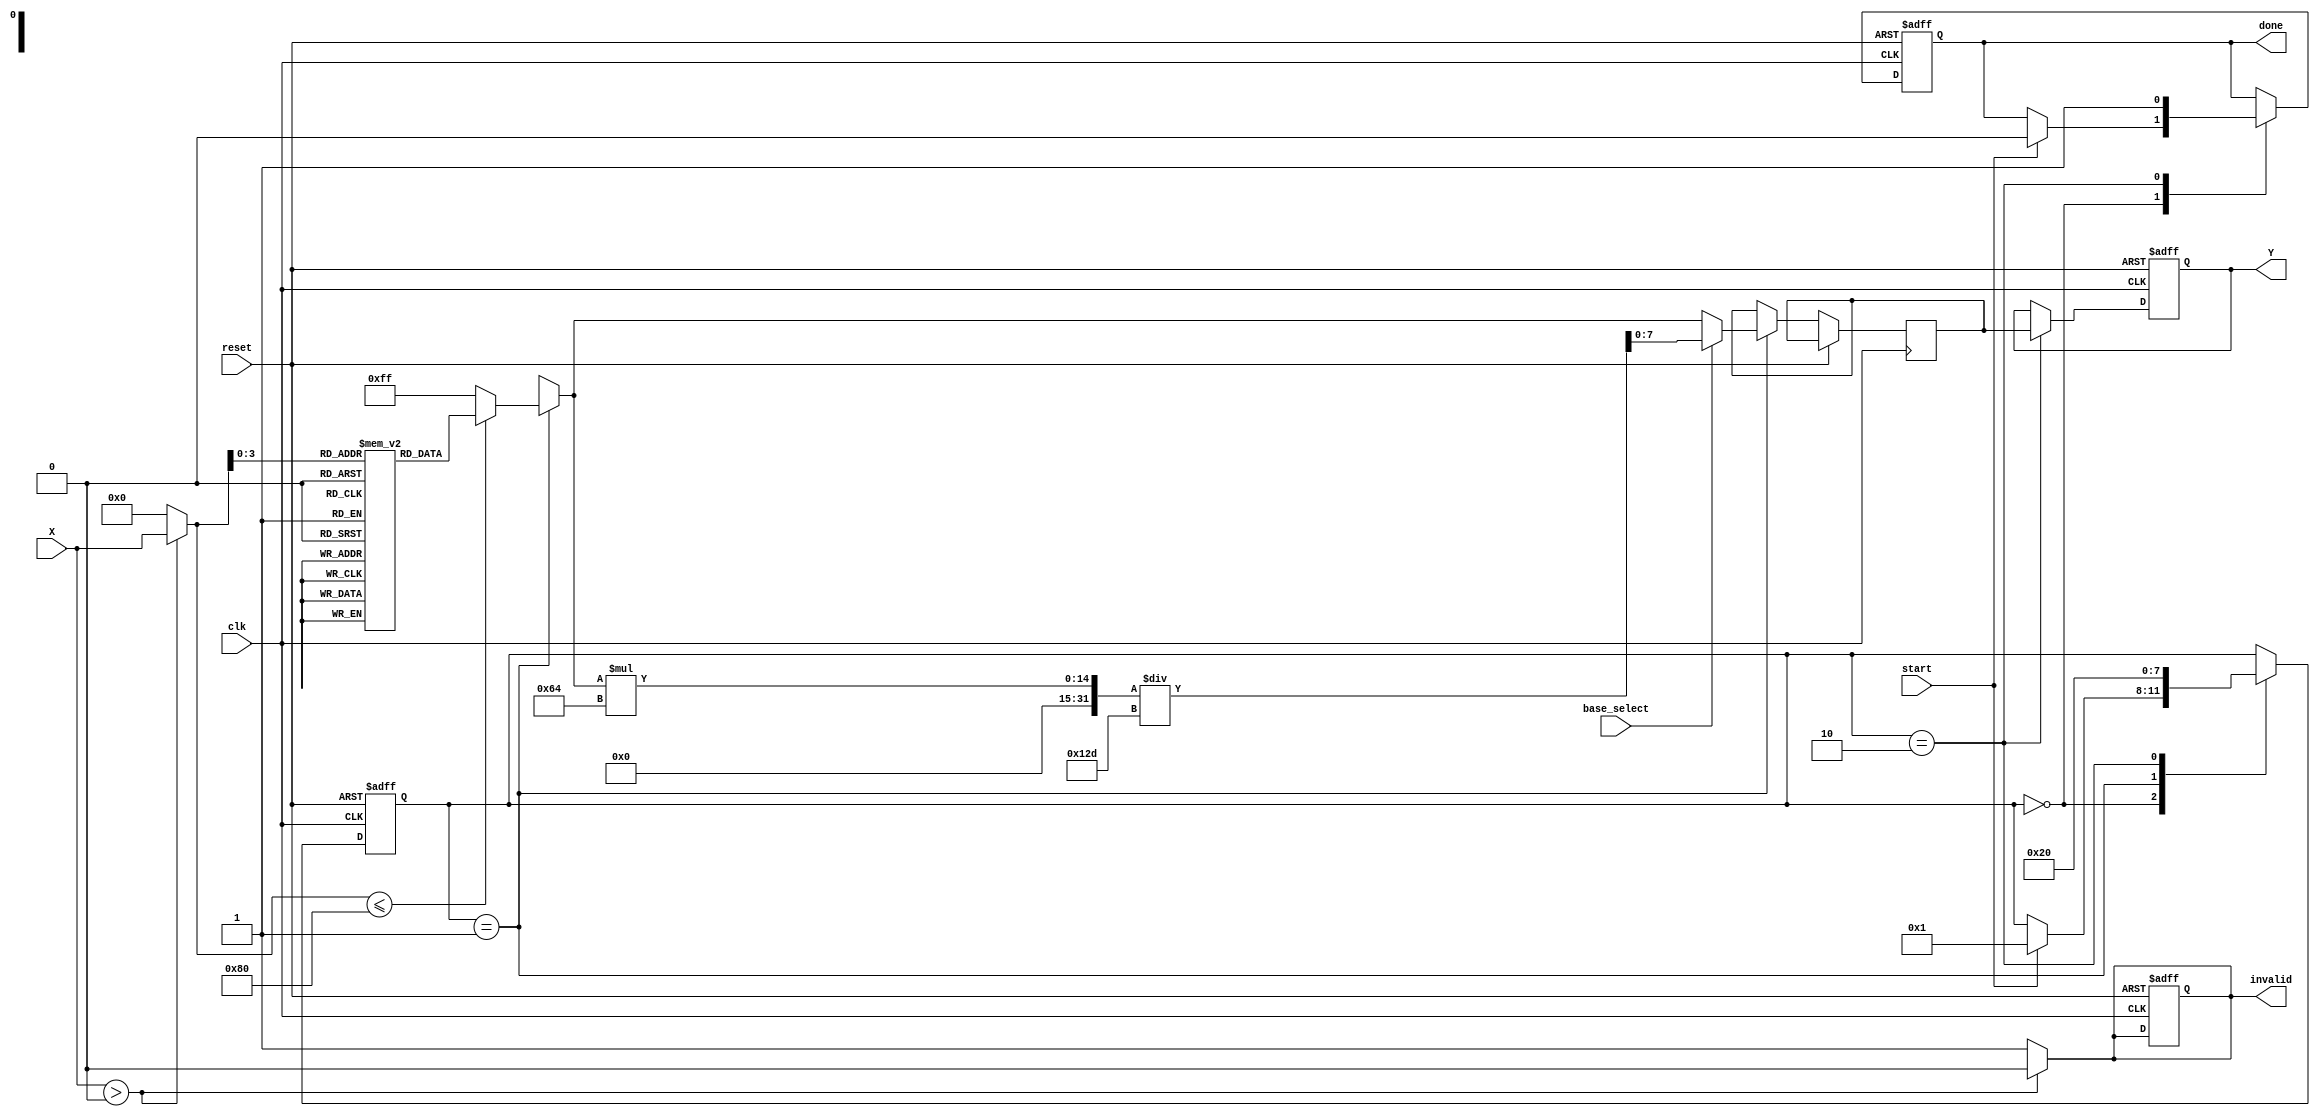
module LogarithmicUnit #(
    parameter N = 16, // Input width
    parameter M = 8   // Output width
)(
    input  wire [N-1:0] X,               // Data Input
    input  wire base_select,              // Control signal for base selection (0 = base-2, 1 = base-10)
    input  wire start,                     // Start the logarithmic operation
    input  wire clk,                       // Clock signal
    input  wire reset,                     // Reset signal
    output reg [M-1:0] Y,                  // Logarithmic Output
    output reg done,                       // Computation complete
    output reg invalid                     // Invalid input status
);

    // Internal registers and wires
    reg [N-1:0] normalized_input; // Scaled and normalized input
    reg [M-1:0] lut_output;        // Output from the lookup table
    reg [M-1:0] interpolated_value; // Interpolated value
    reg [M-1:0] final_result;      // Final result after adjustments
    reg [3:0] state;               // Finite state machine state

    localparam IDLE = 4'b0000,
               COMPUTE = 4'b0001,
               OUTPUT = 4'b0010;

    // Lookup Table for base-2 logarithm (for demonstration - full table is needed)
    reg [M-1:0] lookup_table [0:15]; // Example LUT for the lower range of inputs

    // Initialize the lookup table (pre-computed values for demonstration)
    initial begin
        lookup_table[0] = 8'd0;    // log2(1)
        lookup_table[1] = 8'd0;    // log2(1)
        lookup_table[2] = 8'd1;    // log2(2)
        lookup_table[3] = 8'd1;    // log2(2)
        lookup_table[4] = 8'd2;    // log2(4)
        lookup_table[5] = 8'd2;    // log2(4)
        lookup_table[6] = 8'd3;    // log2(8)
        lookup_table[7] = 8'd3;    // log2(8)
        lookup_table[8] = 8'd4;    // log2(16)
        lookup_table[9] = 8'd4;    // log2(16)
        lookup_table[10] = 8'd4;   // log2(16)
        lookup_table[11] = 8'd5;   // log2(32)
        lookup_table[12] = 8'd5;   // log2(32)
        lookup_table[13] = 8'd6;   // log2(64)
        lookup_table[14] = 8'd6;   // log2(64)
        lookup_table[15] = 8'd7;   // log2(128)
    end

    // Normalize the input value
    always @(*) begin
        if (X > 0) begin
            normalized_input = X;
            invalid = 1'b0; // Valid input
        end else begin
            normalized_input = 0;
            invalid = 1'b1;  // Invalid input
        end
    end

    // FSM to handle the state of the operation
    always @(posedge clk or posedge reset) begin
        if (reset) begin
            state <= IDLE;
            done <= 1'b0;
            Y <= 0;
            invalid <= 1'b0;
        end else begin
            case (state)
                IDLE: begin
                    if (start) begin
                        state <= COMPUTE;
                        done <= 1'b0;
                    end
                end

                COMPUTE: begin
                    // Perform computation based on the base selection
                    if (normalized_input <= 128) begin
                        lut_output = lookup_table[normalized_input[3:0]]; // Use lower part for LUT index
                    end else begin
                        lut_output = 8'd255; // Overflow or out of LUT range
                    end
                    
                    // Base selection logic
                    if (base_select == 1'b1) begin
                        // Convert base-2 to base-10 (using a rough scaling approximation)
                        final_result = (lut_output * 100) / 301; // Rough scale, adjust based on desired accuracy
                    end else begin
                        final_result = lut_output;
                    end

                    state <= OUTPUT;
                end

                OUTPUT: begin
                    Y <= final_result;
                    done <= 1'b1;
                    state <= IDLE;
                end
            endcase
        end
    end
endmodule